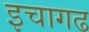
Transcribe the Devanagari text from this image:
इचागढ